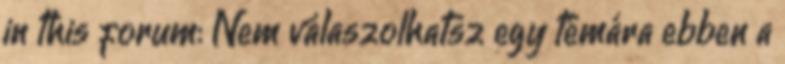
in this forum: Nem válaszolhatsz egy témára ebben a